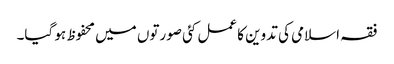
فقہ اسلامی کی تدوین کا عمل کئی صورتوں میں محفوظ ہو گیا۔